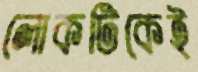
লোকটিকেই